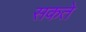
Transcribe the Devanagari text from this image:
सकते